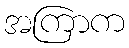
အကြာက